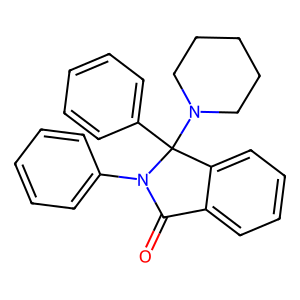
SMILES: O=C1c2ccccc2C(c2ccccc2)(N2CCCCC2)N1c1ccccc1
Inhibits HIV replication: No